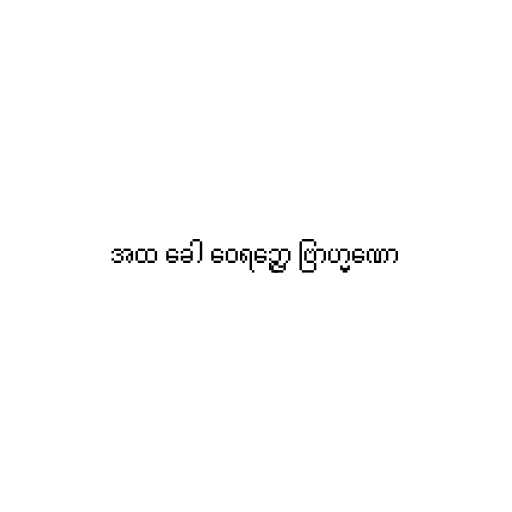
အထ ခေါ ဝေရဉ္ဇော ဗြာဟ္မဏော